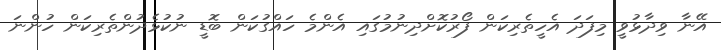
އޭނާ ވިދާޅުވީ މިފަދަ އެހީތެރިކަން ފޯރުކޮށްދިނުމުގައި އެންމެ ހައްގުކަން ބޮޑީ ނުކުޅެދުންތެރިކަން ހުންނަ